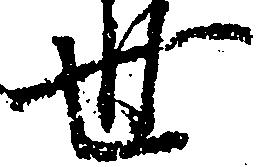
世